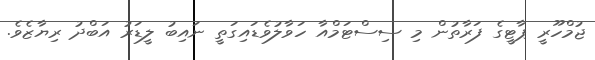
ޖުމްހޫރީ ޕާޓީގެ ފަރާތުން މި ސިސްޓަމްއާ ހަވާލުވެޑައިގަތީ ނައިބު ލީޑަރު އަބްދު ރިޔާޒެވެ.